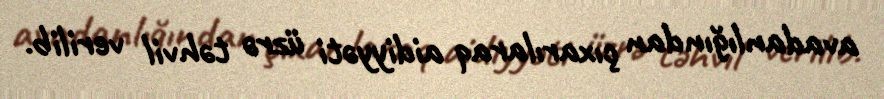
avadanlığından çıxarılaraq aidiyyəti üzrə təhvil verilib.